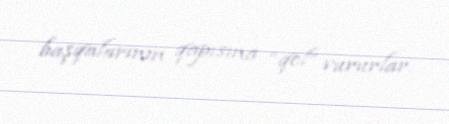
başqalarının qapısına “qol” vururlar.